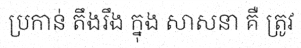
ប្រកាន់ តឹងរឹង ក្នុង សាសនា គឺ ត្រូវ